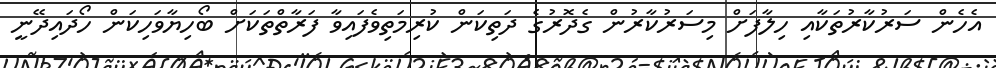
އެހެން ސަރުކާރުތަކާއި ހިލާފަށް މިސަރުކާރުން ގެދޮރުގެ ދަތިކަން ކުރިމަތިވެފައިވާ ފަރާތްތަކަށް ބޯހިޔާވަހިކަން ހޯދައިދޭނީ